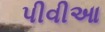
પીવીઆ